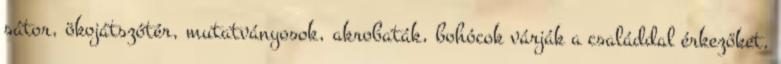
sátor, ökojátszótér, mutatványosok, akrobaták, bohócok várják a családdal érkezőket.